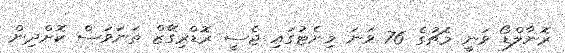
ރޮނާލްޑޯ ވަނީ މެޗުގެ 76 ވަނަ މިނެޓުގައި ޖެސީ ރޮޑްރިގޭޒް ތަނަވަސް ކޮށްދިން